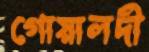
গোয়ালদী